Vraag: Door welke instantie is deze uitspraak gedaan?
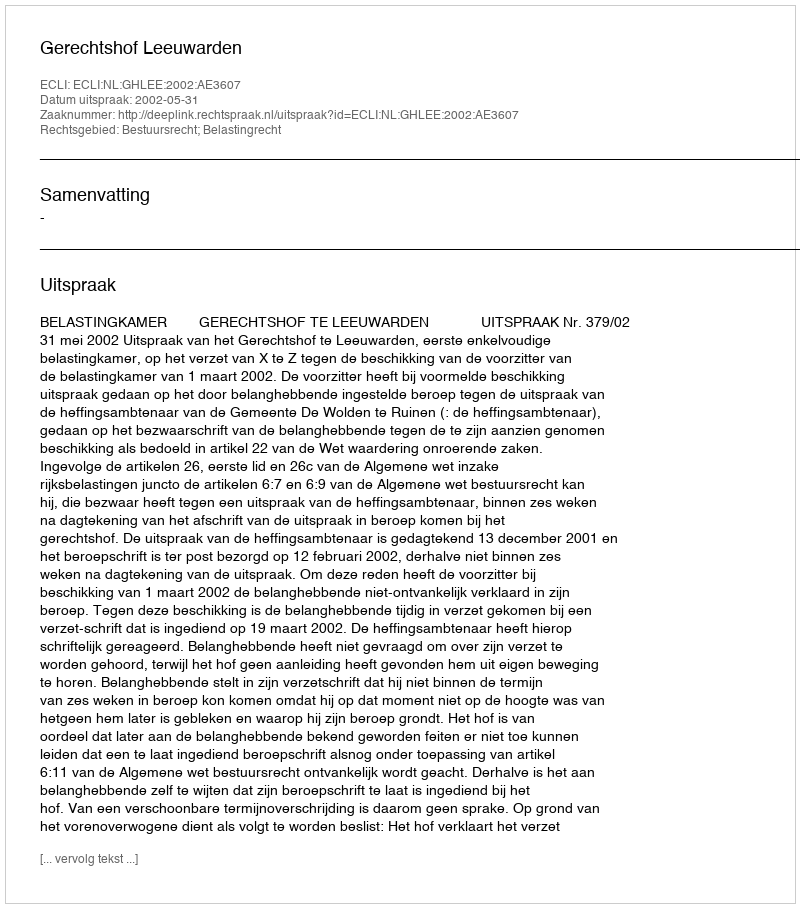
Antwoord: Gerechtshof Leeuwarden